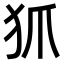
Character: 𤜶